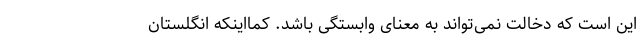
این است که دخالت نمی‌تواند به معنای وابستگی باشد. کمااینکه انگلستان